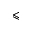
\leqslant